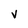
Character: v